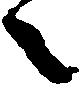
々